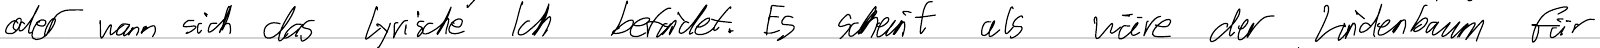
oder wann sich das lyrische Ich befindet. Es scheint als wäre der Lindenbaum für